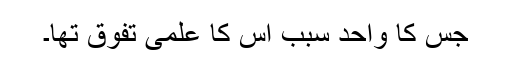
جس کا واحد سبب اس کا علمی تفوق تھا۔